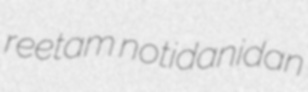
reetam notidanidan